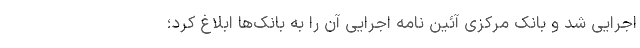
اجرایی شد و بانک مرکزی آئین نامه اجرایی آن را به بانک‌ها ابلاغ کرد؛